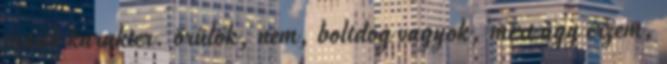
másik karakter. örülök, nem, boltdog vagyok, mert úgy érzem,